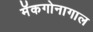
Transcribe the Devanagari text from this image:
मॅकगोनागाल